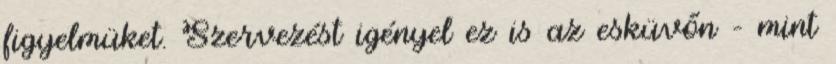
figyelmüket. Szervezést igényel ez is az esküvőn – mint